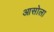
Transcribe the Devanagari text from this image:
आसोला